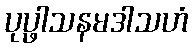
ပုပ္ဖါသနမဒါသဟံ